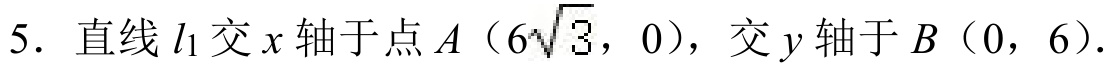
5. 直线\(l_{1}\)交\(x\)轴于点\(A\)（\(6\sqrt{3}\)，0），交\(y\)轴于\(B\)（0，6）.